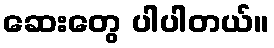
ဆေးတွေ ပါပါတယ်။